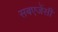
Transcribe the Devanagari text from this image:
सबएजेंसी